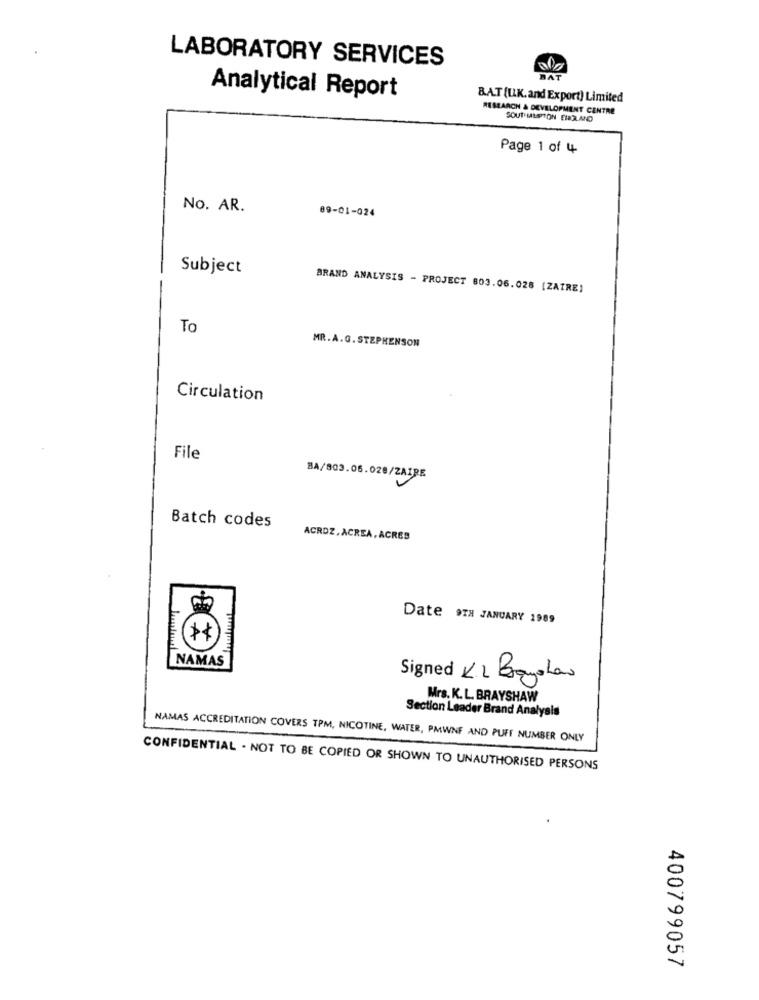
LABORATORY SERVICES
HAT
Analytical Report
BAT (UK. and Export) Limited
RESEARCH & DEVELOPMENT CENTRE
SOUTHMALETON EHOLAND
Page 1 of 4
No. AR.
89-01-024
Subject
BRAND ANALYSIS - PROJECT 803.06.028 [ZATRE)
To
MR.A.G. STEPHENSON
Circulation
File
BA/803.06.028/ZAIRE
Batch codes
ACRDZ, ACREA, ACRES
Date 9TH JANUARY 1989
NAMAS
Signed KL Bayolan
Mrs. K. L. BRAYSHAW
Section Leader Brand Analysis
NAMAS ACCREDITATION COVERS TPM, NICOTINE, WATER, PMWNF AND PUFF NUMBER ONLY
CONFIDENTIAL . NOT TO BE COPIED OR SHOWN TO UNAUTHORISED PERSONS
400799057